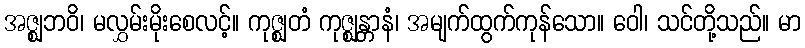
အဇ္ဈဘဝိ၊ မလွှမ်းမိုးစေလင့်။ ကုဇ္ဈတံ ကုဇ္ဈန္တာနံ၊ အမျက်ထွက်ကုန်သော။ ဝေါ၊ သင်တို့သည်။ မာ